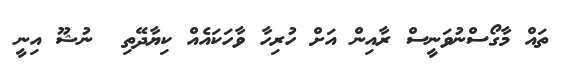
ތައް މާގޯސްނުވަނީސް ރާއިން އަށް ހުރިހާ ވާހަކައެއް ކިޔާދޭތި  ނުޝޫ އިނީ